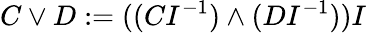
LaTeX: C\vee D:=((CI^{-1})\wedge(DI^{-1}))I